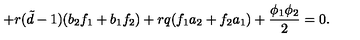
+ r ( { \tilde { d } } - 1 ) ( b _ { 2 } f _ { 1 } + b _ { 1 } f _ { 2 } ) + r q ( f _ { 1 } a _ { 2 } + f _ { 2 } a _ { 1 } ) + \frac { \phi _ { 1 } \phi _ { 2 } } { 2 } = 0 .